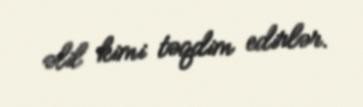
əlil kimi təqdim edirlər.